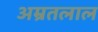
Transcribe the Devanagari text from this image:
अम्रतलाल